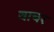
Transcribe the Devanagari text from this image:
वाचर